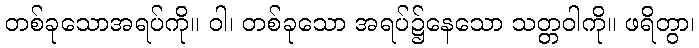
တစ်ခုသောအရပ်ကို။ ဝါ၊ တစ်ခုသော အရပ်၌နေသော သတ္တဝါကို။ ဖရိတွာ၊